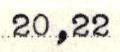
20,22